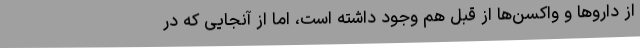
از داروها و واکسن‌ها از قبل هم وجود داشته است، اما از آنجایی که در